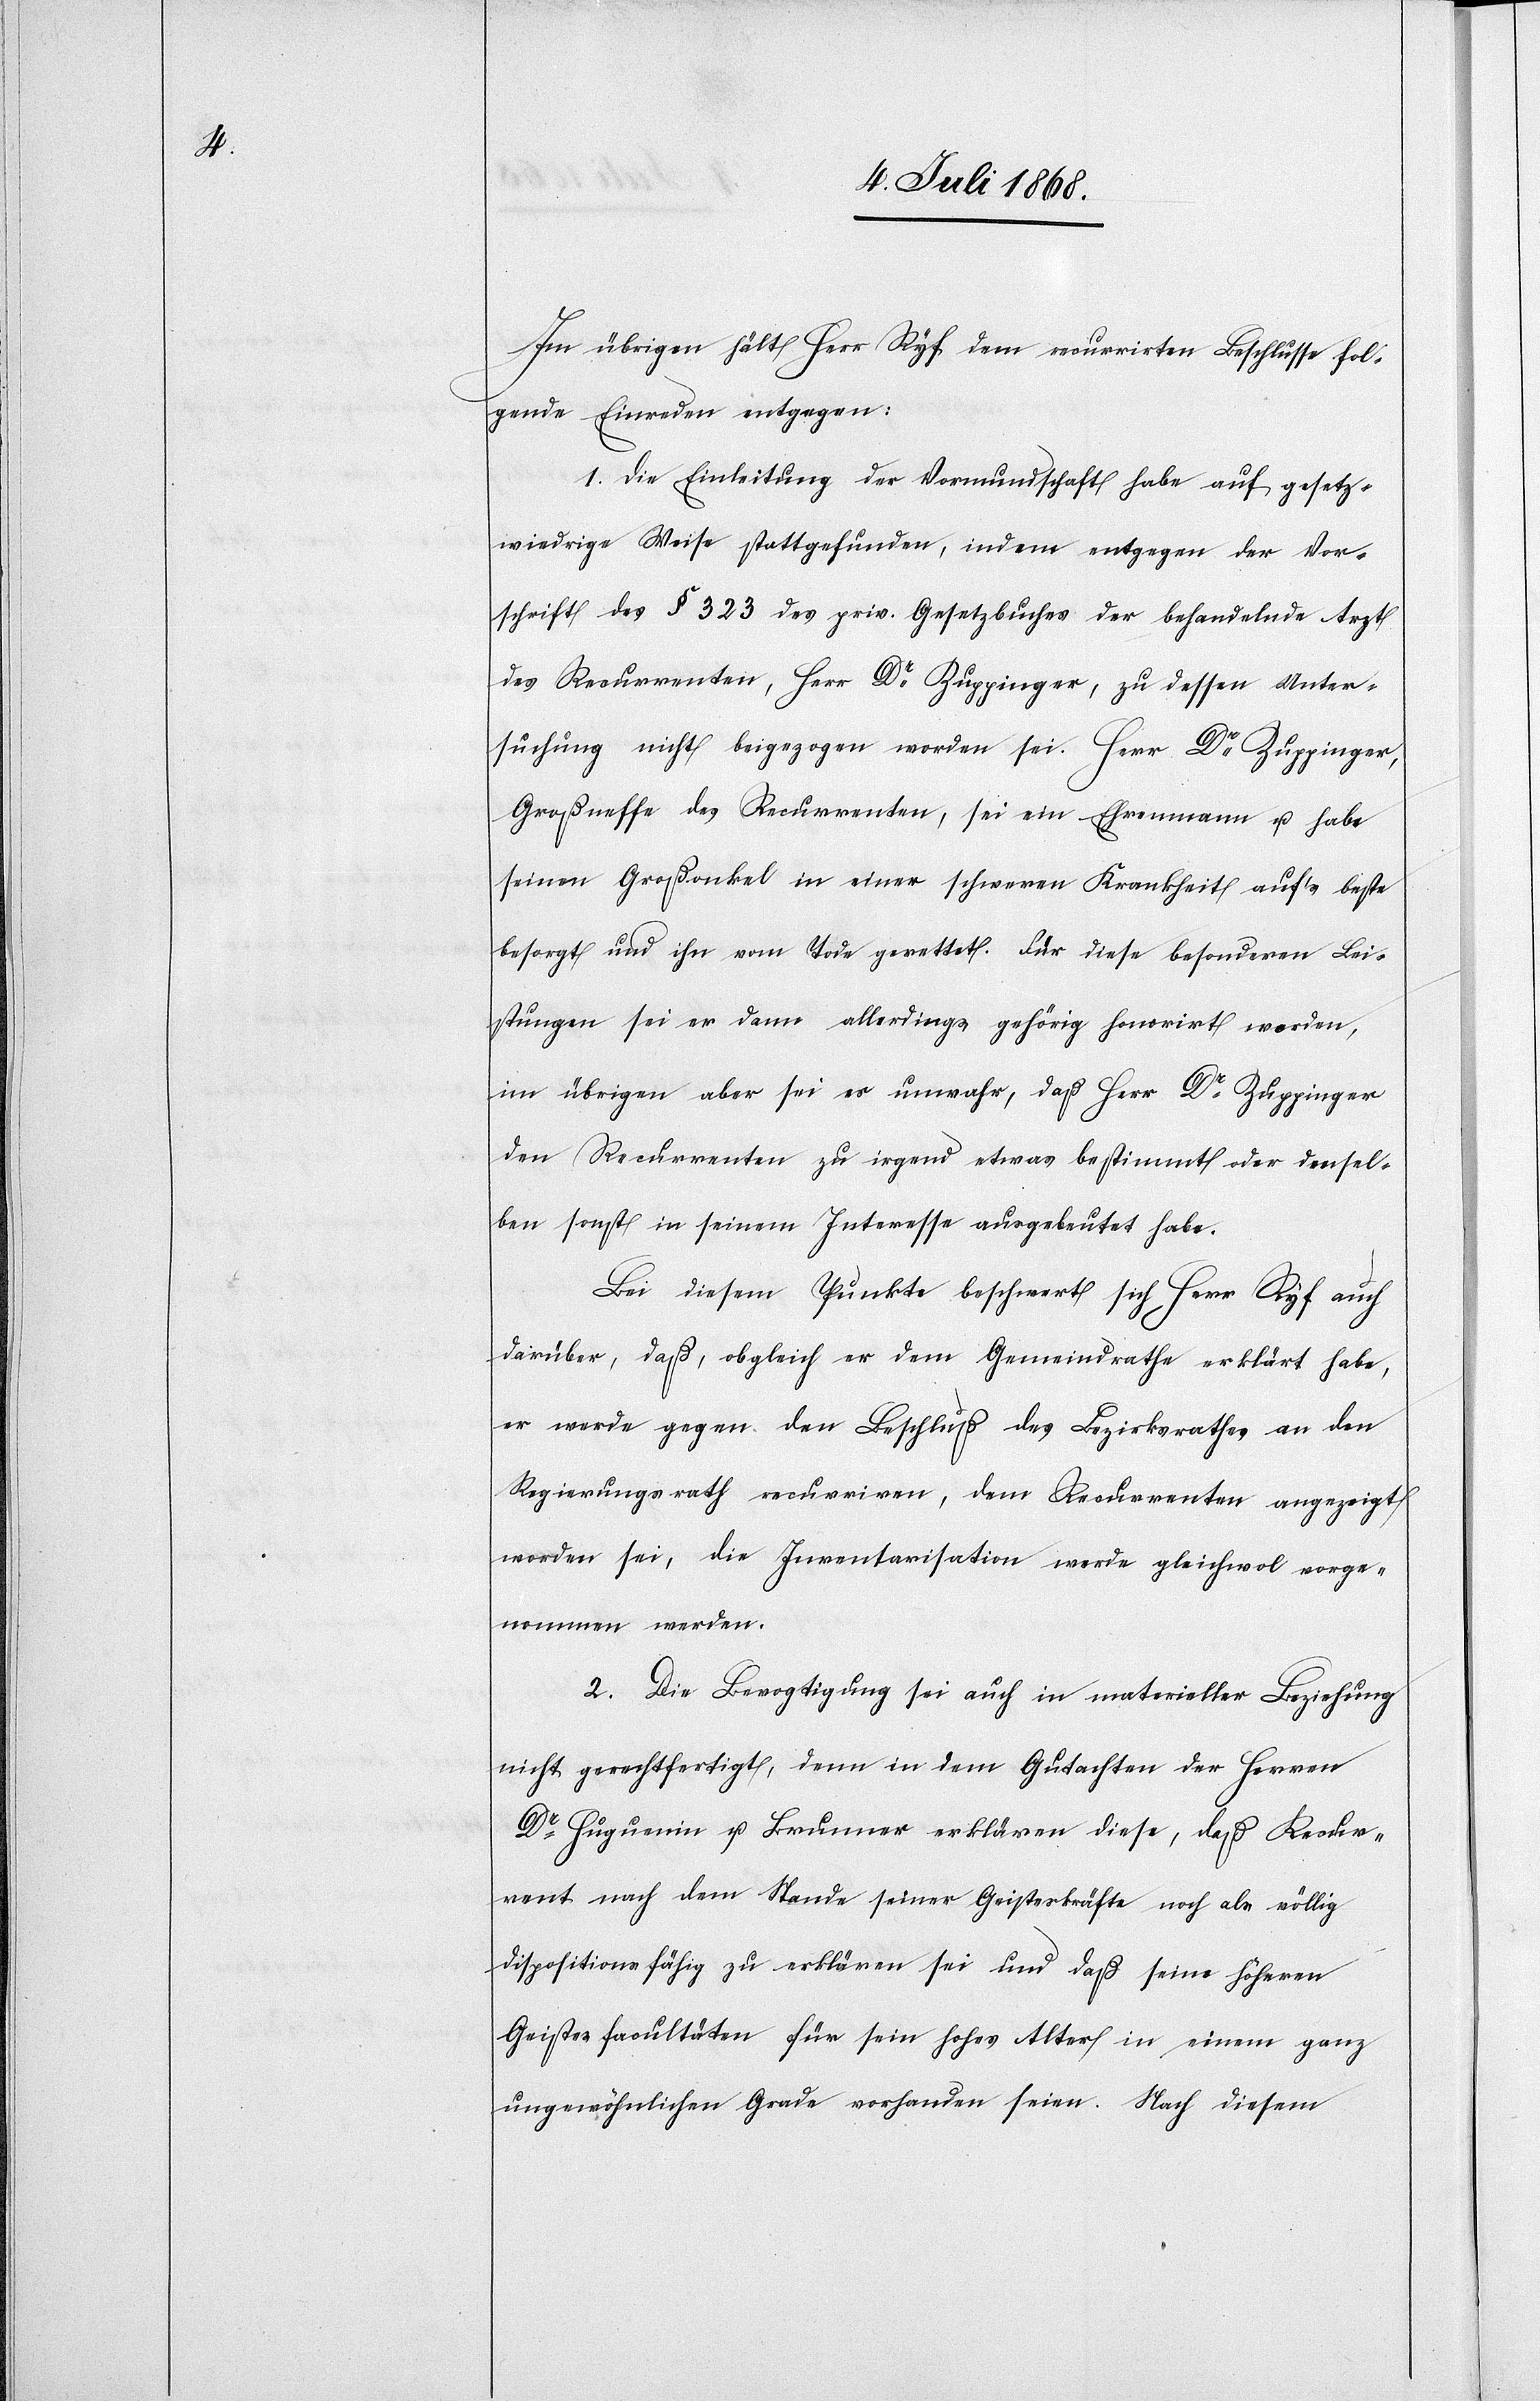
Im übrigen hält Herr Ryf dem recurrirten Beschlusse fol¬
gende Einreden entgegen:
1. Die Einleitung der Vormundschaft habe auf gesetz¬
wiedrige Weise stattgefunden, indem entgegen der Vor¬
schrift des § 323 des priv. Gesetzbuches der behandelnde Arzt
des Recurrenten, Herr Dr Zuppinger, zu dessen Unter¬
suchung nicht beigezogen worden sei. Herr Dr Zuppinger,
Großneffe des Recurrenten, sei ein Ehrenmann u. habe
seinen Großonkel in einer schweren Krankheit auf’s beste
besorgt und ihn vom Tode gerettet. Für diese besonderen Lei¬
stungen sei er dann allerdings gehörig honorirt worden,
im übrigen aber sei es unwahr, daß Herr Dr Zuppinger
den Recurrenten zu irgend etwas bestimmt oder densel¬
ben sonst in seinem Interesse ausgebeutet habe.
Bei diesem Punkte beschwert sich Herr Ryf auch
darüber, daß, obgleich er dem Gemeindrathe erklärt habe,
er werde gegen den Beschluß des Bezirksrathes an den
Regierungsrath recurriren, dem Recurrenten angezeigt
worden sei, die Inventarisation werde gleichwol vorge¬
nommen werden.
2. Die Bevogtigung sei auch in materieller Beziehung
nicht gerechtfertigt, denn in dem Gutachten der Herren
Dr Huguenin u. Brunner erklären diese, daß Recur¬
rent nach dem Stande seiner Geisteskräfte noch als völlig
dispositionsfähig zu erklären sei und daß seine höheren
Geistesfacultäten für sein hohes Alter in einem ganz
ungewöhnlichen Grade vorhanden seien. Nach diesem